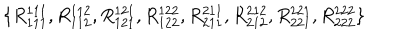
\{ R _ { 1 1 1 } ^ { 1 1 1 } , R _ { 1 1 2 } ^ { 1 1 2 } , R _ { 1 2 1 } ^ { 1 2 1 } , R _ { 1 2 2 } ^ { 1 2 2 } , R _ { 2 1 1 } ^ { 2 1 1 } , R _ { 2 1 2 } ^ { 2 1 2 } , R _ { 2 2 1 } ^ { 2 2 1 } , R _ { 2 2 2 } ^ { 2 2 2 } \}